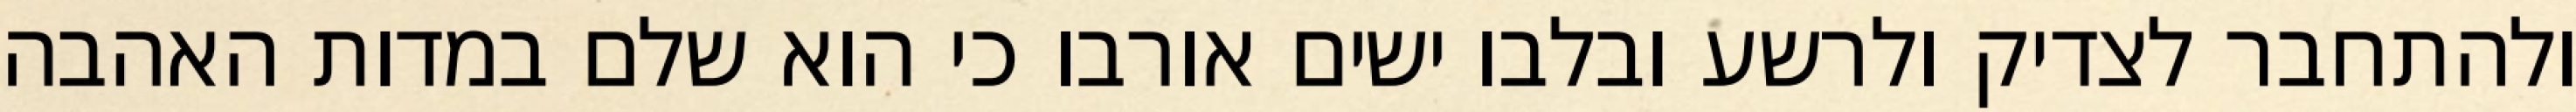
ולהתחבר לצדיק ולרשע ובלבו ישים אורבו כי הוא שלם במדות האהבה